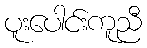
ပူးပေါင်းကူညီ